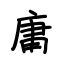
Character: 庸